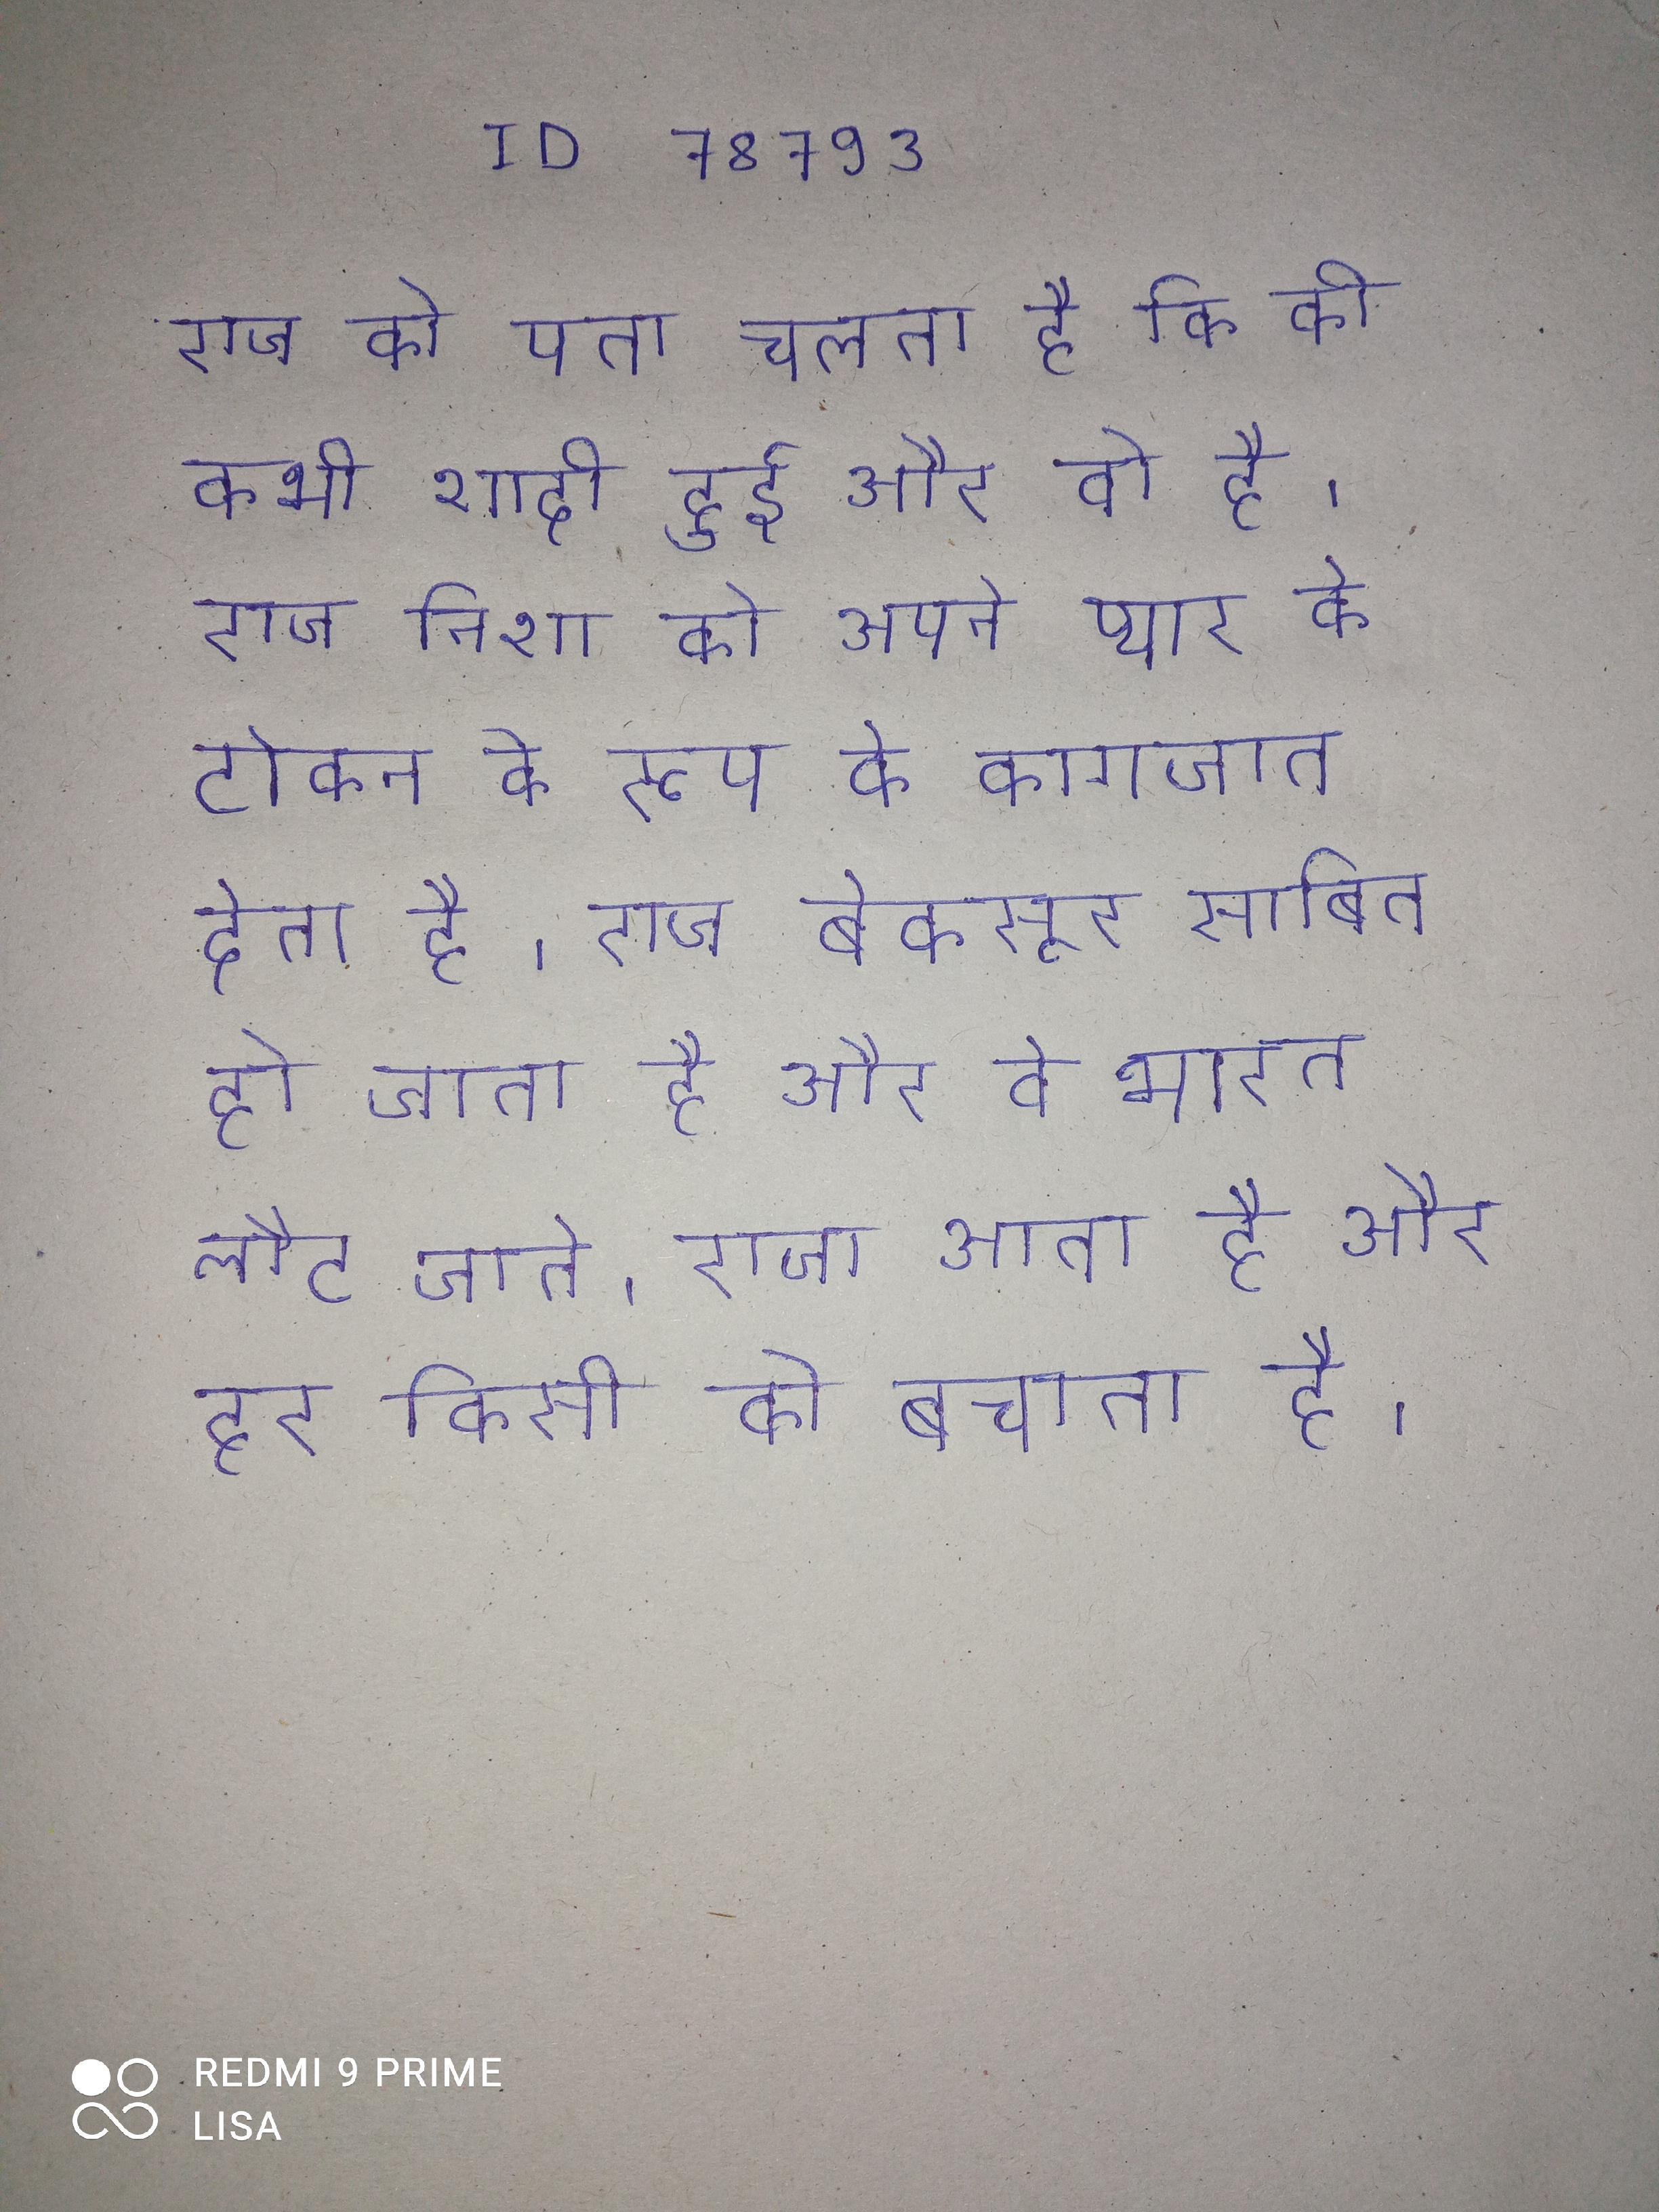
राज को पता चलता है कि की कभी शादी हुई और वो है । राज निशा को अपने प्यार के टोकन के रूप के कागजात देता है । राज बेकसूर साबित हो जाता है और वे भारत लौट जाते । राजा आता है और हर किसी को बचाता है ।